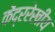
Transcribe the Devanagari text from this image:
केंद्ररेखीय